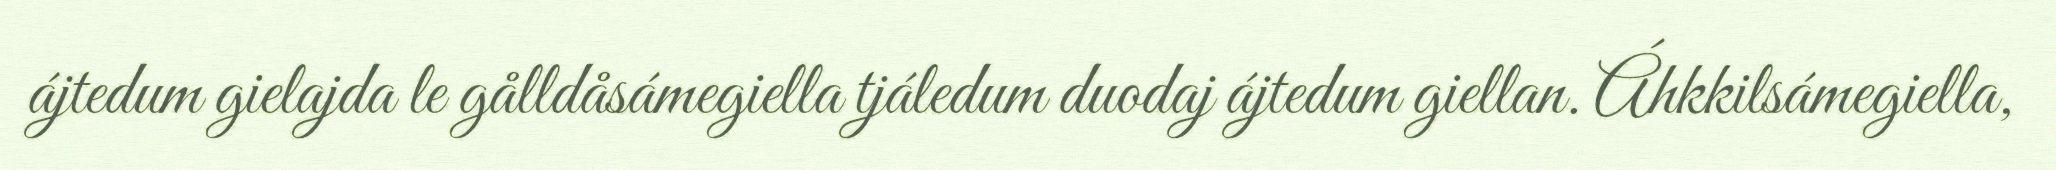
ájtedum gielajda le gålldåsámegiella tjáledum duodaj ájtedum giellan. Áhkkilsámegiella,